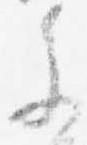
参